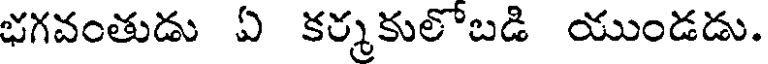
భగవంతుడు ఏ కర్మకులొబడి యుండడు.